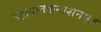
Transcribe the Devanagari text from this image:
महापातकनाशनम्‌॥